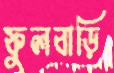
ফুলবাড়ি